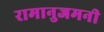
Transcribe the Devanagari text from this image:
रामानुजमनी